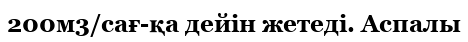
200м3/сағ-қа дейін жетеді. Аспалы